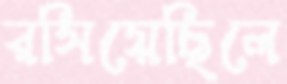
রসিয়েছিলে